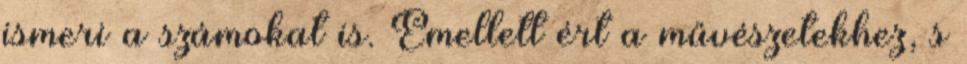
ismeri a számokat is. Emellett ért a művészetekhez, s